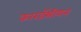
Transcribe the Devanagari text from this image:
कारडॅसीयन